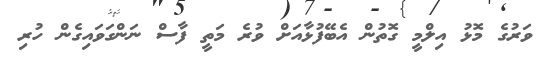
ވަރުގެ މޮޅު އިލްމީ ގޮތުން އެބޭފުޅާއަށް ވުރެ މަތީ ފާސް ނަންގަވައިގެން ހުރި